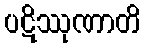
ပဋိဿုဏာတိ